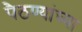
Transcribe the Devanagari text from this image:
पैठण्यांच्या